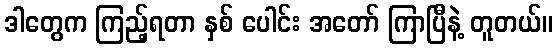
ဒါတွေက ကြည့်ရတာ နှစ် ပေါင်း အတော် ကြာပြီနဲ့ တူတယ်။